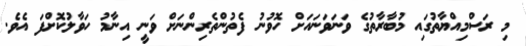
މި ރަސްމިއްޔާތުގައި މުބާރާތުގެ ވަނަވަނައަށް ހޮވުނު ފެތުންތެރިންނަށް ވަނީ އިނާމު ހަވާލުކޮށްފަ އެވެ.